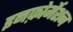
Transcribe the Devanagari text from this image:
इनफ़ोर्मेशन